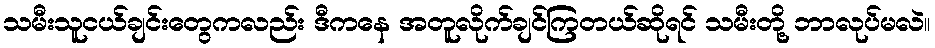
သမီးသူငယ်ချင်းတွေကလည်း ဒီကနေ အတူလိုက်ချင်ကြတယ်ဆိုရင် သမီးတို့ ဘာလုပ်မလဲ။